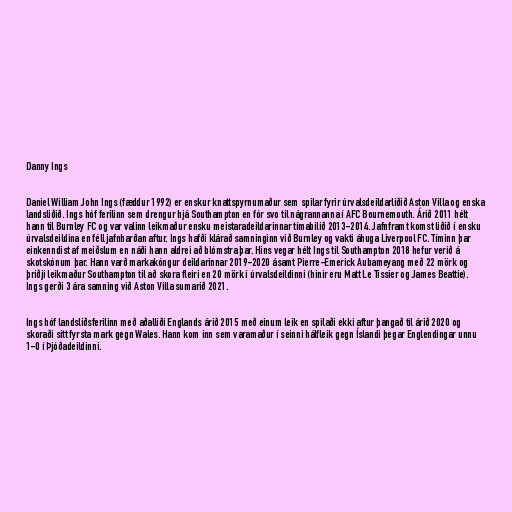
Danny Ings

Daniel William John Ings (fæddur 1992) er enskur knattspyrnumaður sem spilar fyrir úrvalsdeildarliðið Aston Villa og enska
landsliðið. Ings hóf ferilinn sem drengur hjá Southampton en fór svo til nágrannanna í AFC Bournemouth. Árið 2011 hélt
hann til Burnley FC og var valinn leikmaður ensku meistaradeildarinnar tímabilið 2013-2014. Jafnframt komst liðið í ensku
úrvalsdeildina en féll jafnharðan aftur. Ings hafði klárað samninginn við Burnley og vakti áhuga Liverpool FC. Tíminn þar
einkenndist af meiðslum en náði hann aldrei að blómstra þar. Hins vegar hélt Ings til Southampton 2018 hefur verið á
skotskónum þar. Hann varð markakóngur deildarinnar 2019-2020 ásamt Pierre-Emerick Aubameyang með 22 mörk og
þriðji leikmaður Southampton til að skora fleiri en 20 mörk í úrvalsdeildinni (hinir eru Matt Le Tissier og James Beattie).
Ings gerði 3 ára samning við Aston Villa sumarið 2021.

Ings hóf landsliðsferilinn með aðalliði Englands árið 2015 með einum leik en spilaði ekki aftur þangað til árið 2020 og
skoraði sitt fyrsta mark gegn Wales. Hann kom inn sem varamaður í seinni hálfleik gegn Íslandi þegar Englendingar unnu
1-0 í Þjóðadeildinni.